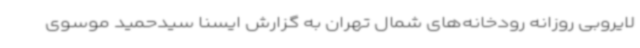
لایروبی روزانه رودخانه‌های شمال تهران به گزارش ایسنا سیدحمید موسوی